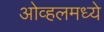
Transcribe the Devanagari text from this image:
ओव्हलमध्ये